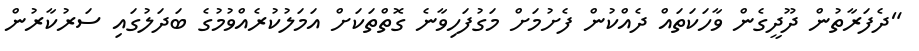
"ދެފަރާތުން ދޫދީގެން ވާހަކަތައް ދެއްކުން ފެށުމަށް މަގުފަހިވާނެ ގޮތްތަކަށް އަމަލުކުރެއްވުމުގެ ބަދަލުގައި ސަރުކާރުން